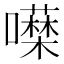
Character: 𭌖